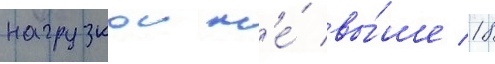
нагрузкои н'е́ вы́ше 18